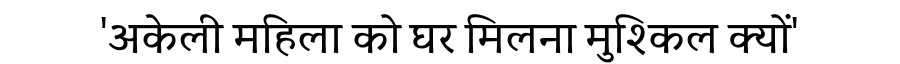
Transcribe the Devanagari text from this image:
'अकेली महिला को घर मिलना मुश्किल क्यों'